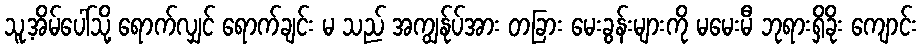
သူ့အိမ်ပေါ်သို့ ရောက်လျှင် ရောက်ချင်း မ သည် အကျွန်ုပ်အား တခြား မေးခွန်းများကို မမေးမီ ဘုရားရှိခိုး ကျောင်း